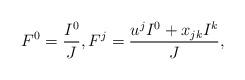
LaTeX: \begin{align*}F^0=\frac{I^0}{J},F^j=\frac{u^j I^0+x_{jk} I^k}{J}, \end{align*}